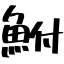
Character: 鮒